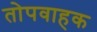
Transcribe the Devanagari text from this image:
तोपवाहक